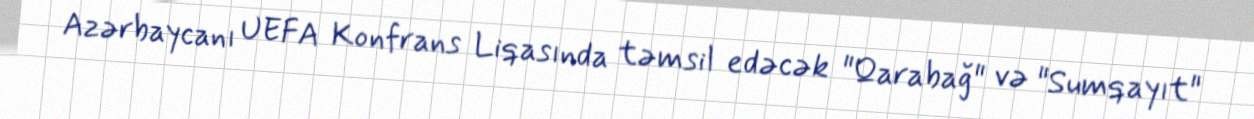
Azərbaycanı UEFA Konfrans Liqasında təmsil edəcək "Qarabağ" və "Sumqayıt"